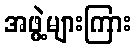
အဖွဲ့များကြား